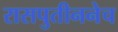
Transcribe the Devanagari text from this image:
रासपुतीननेच